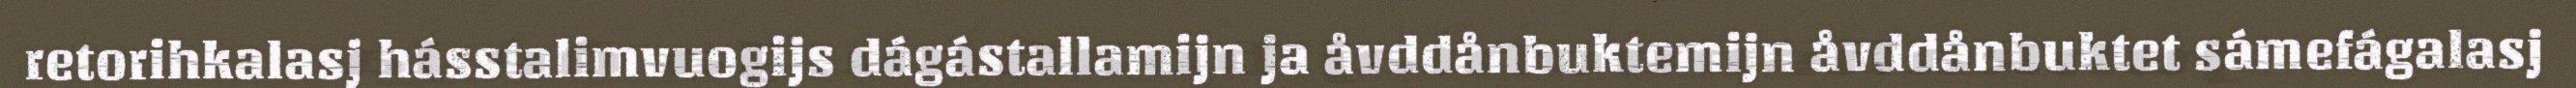
retorihkalasj hásstalimvuogijs dágástallamijn ja åvddånbuktemijn åvddånbuktet sámefágalasj